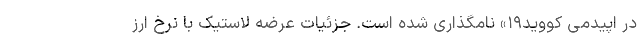
در اپیدمی کووید۱۹» نامگذاری شده است. جزئیات عرضه لاستیک‌ با نرخ ارز